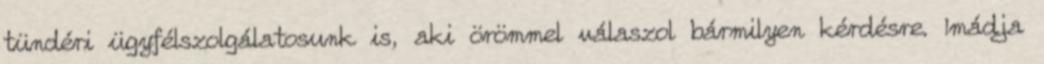
tündéri ügyfélszolgálatosunk is, aki örömmel válaszol bármilyen kérdésre. Imádja